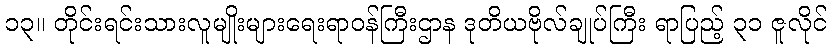
၁၃။ တိုင်းရင်းသားလူမျိုးများရေးရာဝန်ကြီးဌာန ဒုတိယဗိုလ်ချုပ်ကြီး ရာပြည့် ၃၁ ဇူလိုင်